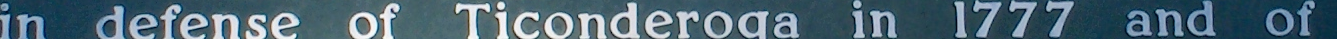
in defense of Ticonderoga in 1777 and of